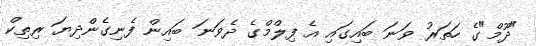
"ދޫމް"ގެ ހަތަރު ވަނަ ބައިގައި އެ ފިލްމްގެ ދެވަނަ ބައިން ފެނިގެންދިޔަ ރިތިކް